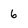
Character: 6